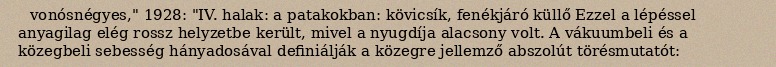
vonósnégyes," 1928: "IV. halak: a patakokban: kövicsík, fenékjáró küllő Ezzel a lépéssel anyagilag elég rossz helyzetbe került, mivel a nyugdíja alacsony volt. A vákuumbeli és a közegbeli sebesség hányadosával definiálják a közegre jellemző abszolút törésmutatót: